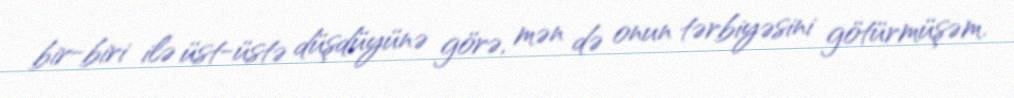
bir-biri ilə üst-üstə düşdüyünə görə, mən də onun tərbiyəsini götürmüşəm.